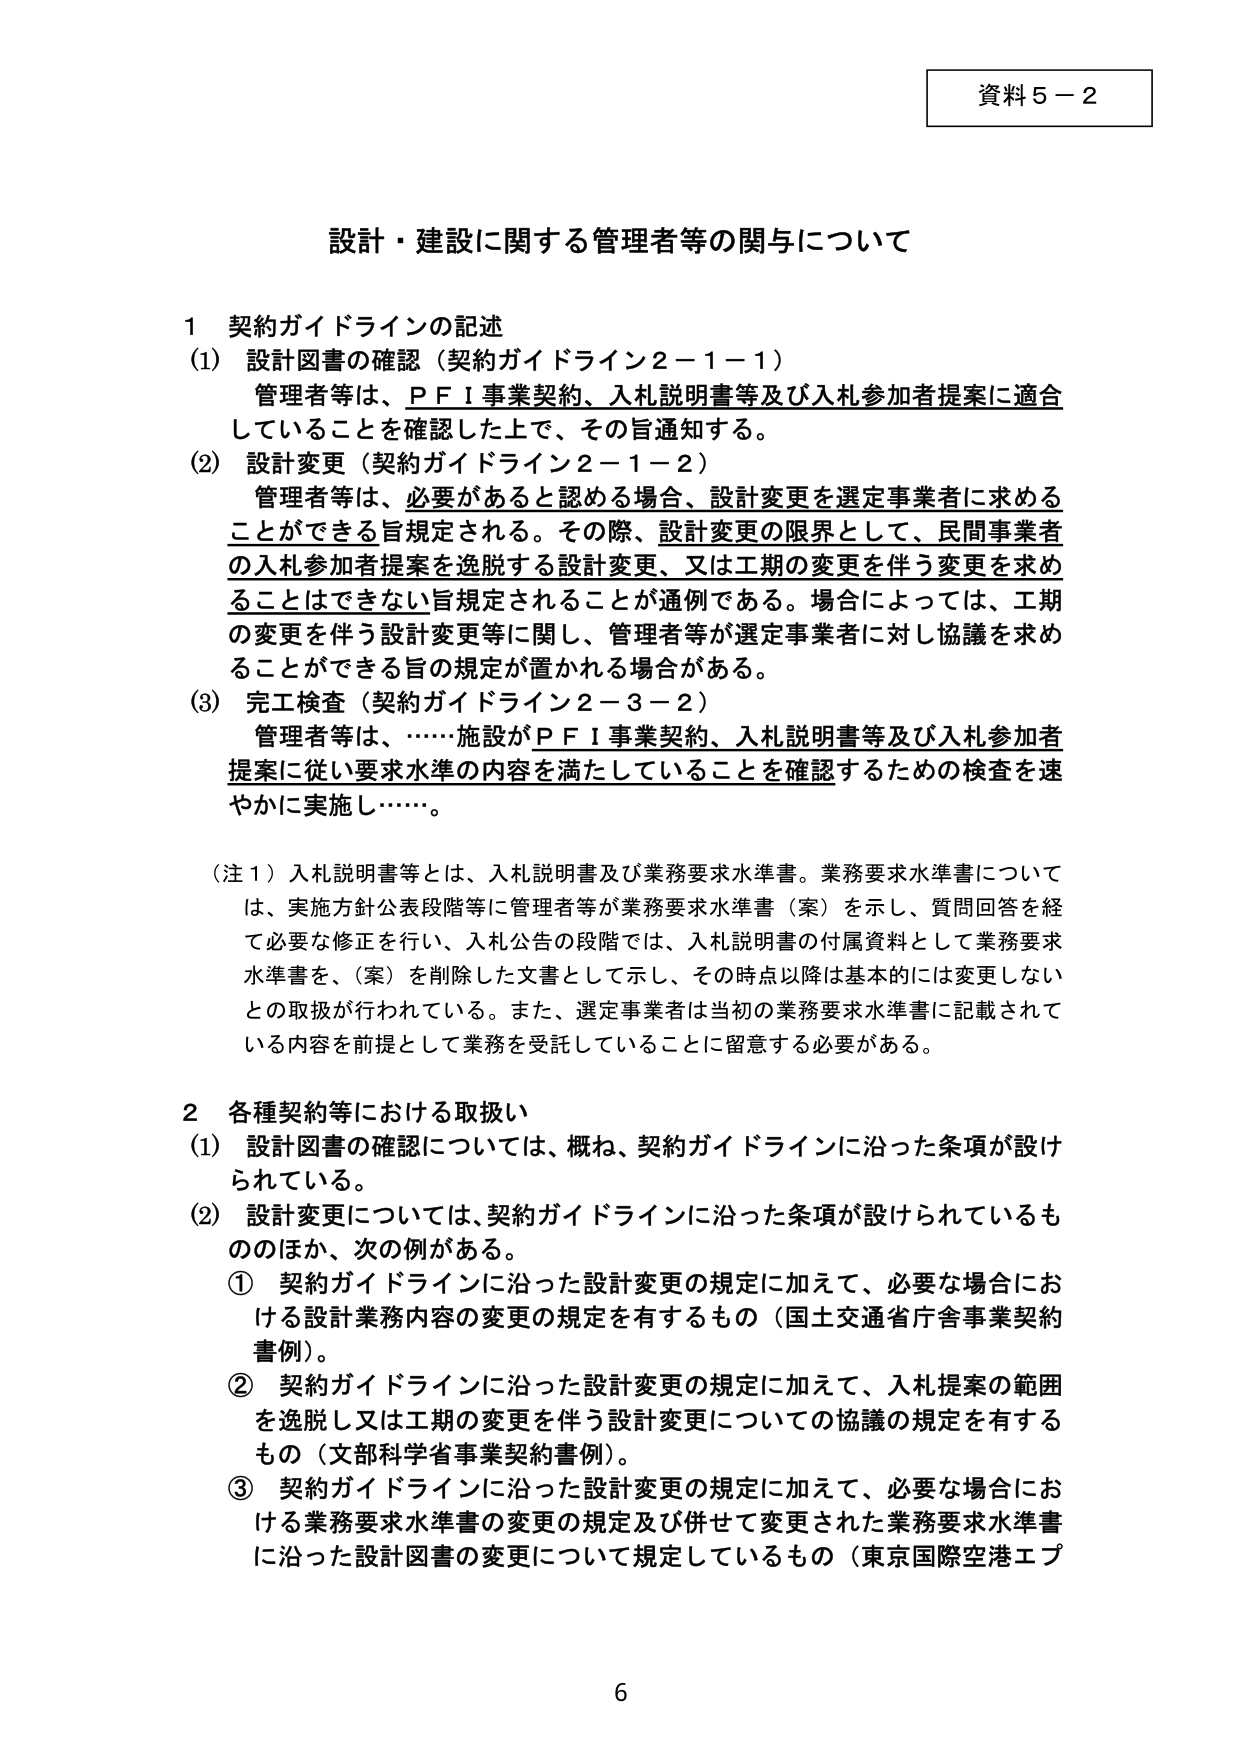
資料５－２

設計・建設に関する管理者等の関与について

１ 契約ガイドラインの記述
(1) 設計図書の確認（契約ガイドライン２－１－１）
　管理者等は、ＰＦＩ事業契約、入札説明書等及び入札参加者提案に適合
　していることを確認した上で、その旨通知する。
(2) 設計変更（契約ガイドライン２－１－２）
　管理者等は、必要があると認める場合、設計変更を選定事業者に求める
　ことができる旨規定される。その際、設計変更の限界として、民間事業者
　の入札参加者提案を逸脱する設計変更、又は工期の変更を伴う変更を求め
　ることはできない旨規定されることが通例である。場合によっては、工期
　の変更を伴う設計変更等に関し、管理者等が選定事業者に対し協議を求め
　ることができる旨の規定が置かれる場合がある。
(3) 完工検査（契約ガイドライン２－３－２）
　管理者等は、……施設がＰＦＩ事業契約、入札説明書等及び入札参加者
　提案に従い要求水準の内容を満たしていることを確認するための検査を速
　やかに実施し……。

（注１）入札説明書等とは、入札説明書及び業務要求水準書。業務要求水準書について
　は、実施方針公表段階等に管理者等が業務要求水準書（案）を示し、質問回答を経
　て必要な修正を行い、入札公告の段階では、入札説明書の付属資料として業務要求
　水準書を、（案）を削除した文書として示し、その時点以降は基本的には変更しない
　との取扱が行われている。また、選定事業者は当初の業務要求水準書に記載されて
　いる内容を前提として業務を受託していることに留意する必要がある。

２ 各種契約等における取扱い
(1) 設計図書の確認については、概ね、契約ガイドラインに沿った条項が設け
　られている。
(2) 設計変更については、契約ガイドラインに沿った条項が設けられているも
　ののほか、次の例がある。
　① 契約ガイドラインに沿った設計変更の規定に加えて、必要な場合にお
　　ける設計業務内容の変更の規定を有するもの（国土交通省庁舎事業契約
　　書例）。
　② 契約ガイドラインに沿った設計変更の規定に加えて、入札提案の範囲
　　を逸脱し又は工期の変更を伴う設計変更についての協議の規定を有する
　　もの（文部科学省事業契約書例）。
　③ 契約ガイドラインに沿った設計変更の規定に加えて、必要な場合にお
　　ける業務要求水準書の変更の規定及び併せて変更された業務要求水準書
　　に沿った設計図書の変更について規定しているもの（東京国際空港エプ

6